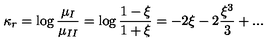
\kappa _ { r } = \log { \frac { \mu _ { I } } { \mu _ { I I } } } = \log { \frac { 1 - \xi } { 1 + \xi } } = - 2 \xi - 2 { \frac { \xi ^ { 3 } } { 3 } } + . . .